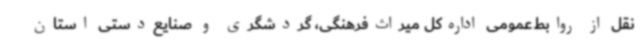
نقل از روابط‌عمومی اداره‌کل میراث‌فرهنگی، گردشگری و صنایع‌دستی استان